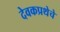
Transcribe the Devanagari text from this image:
देवकप्रथेचे